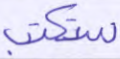
ستكتب